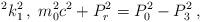
LaTeX: \begin{align*}^{2}k_{1}^{2}\,,\;m_{0}^{2}c^{2}+P_{r}^{2}=P_{0}^{2}-P_{3}^{2}\,,\end{align*}